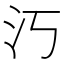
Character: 汅